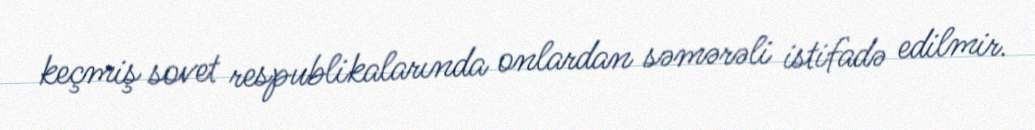
keçmiş sovet respublikalarında onlardan səmərəli istifadə edilmir.